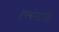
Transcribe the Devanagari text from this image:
एस्बेस्टोस